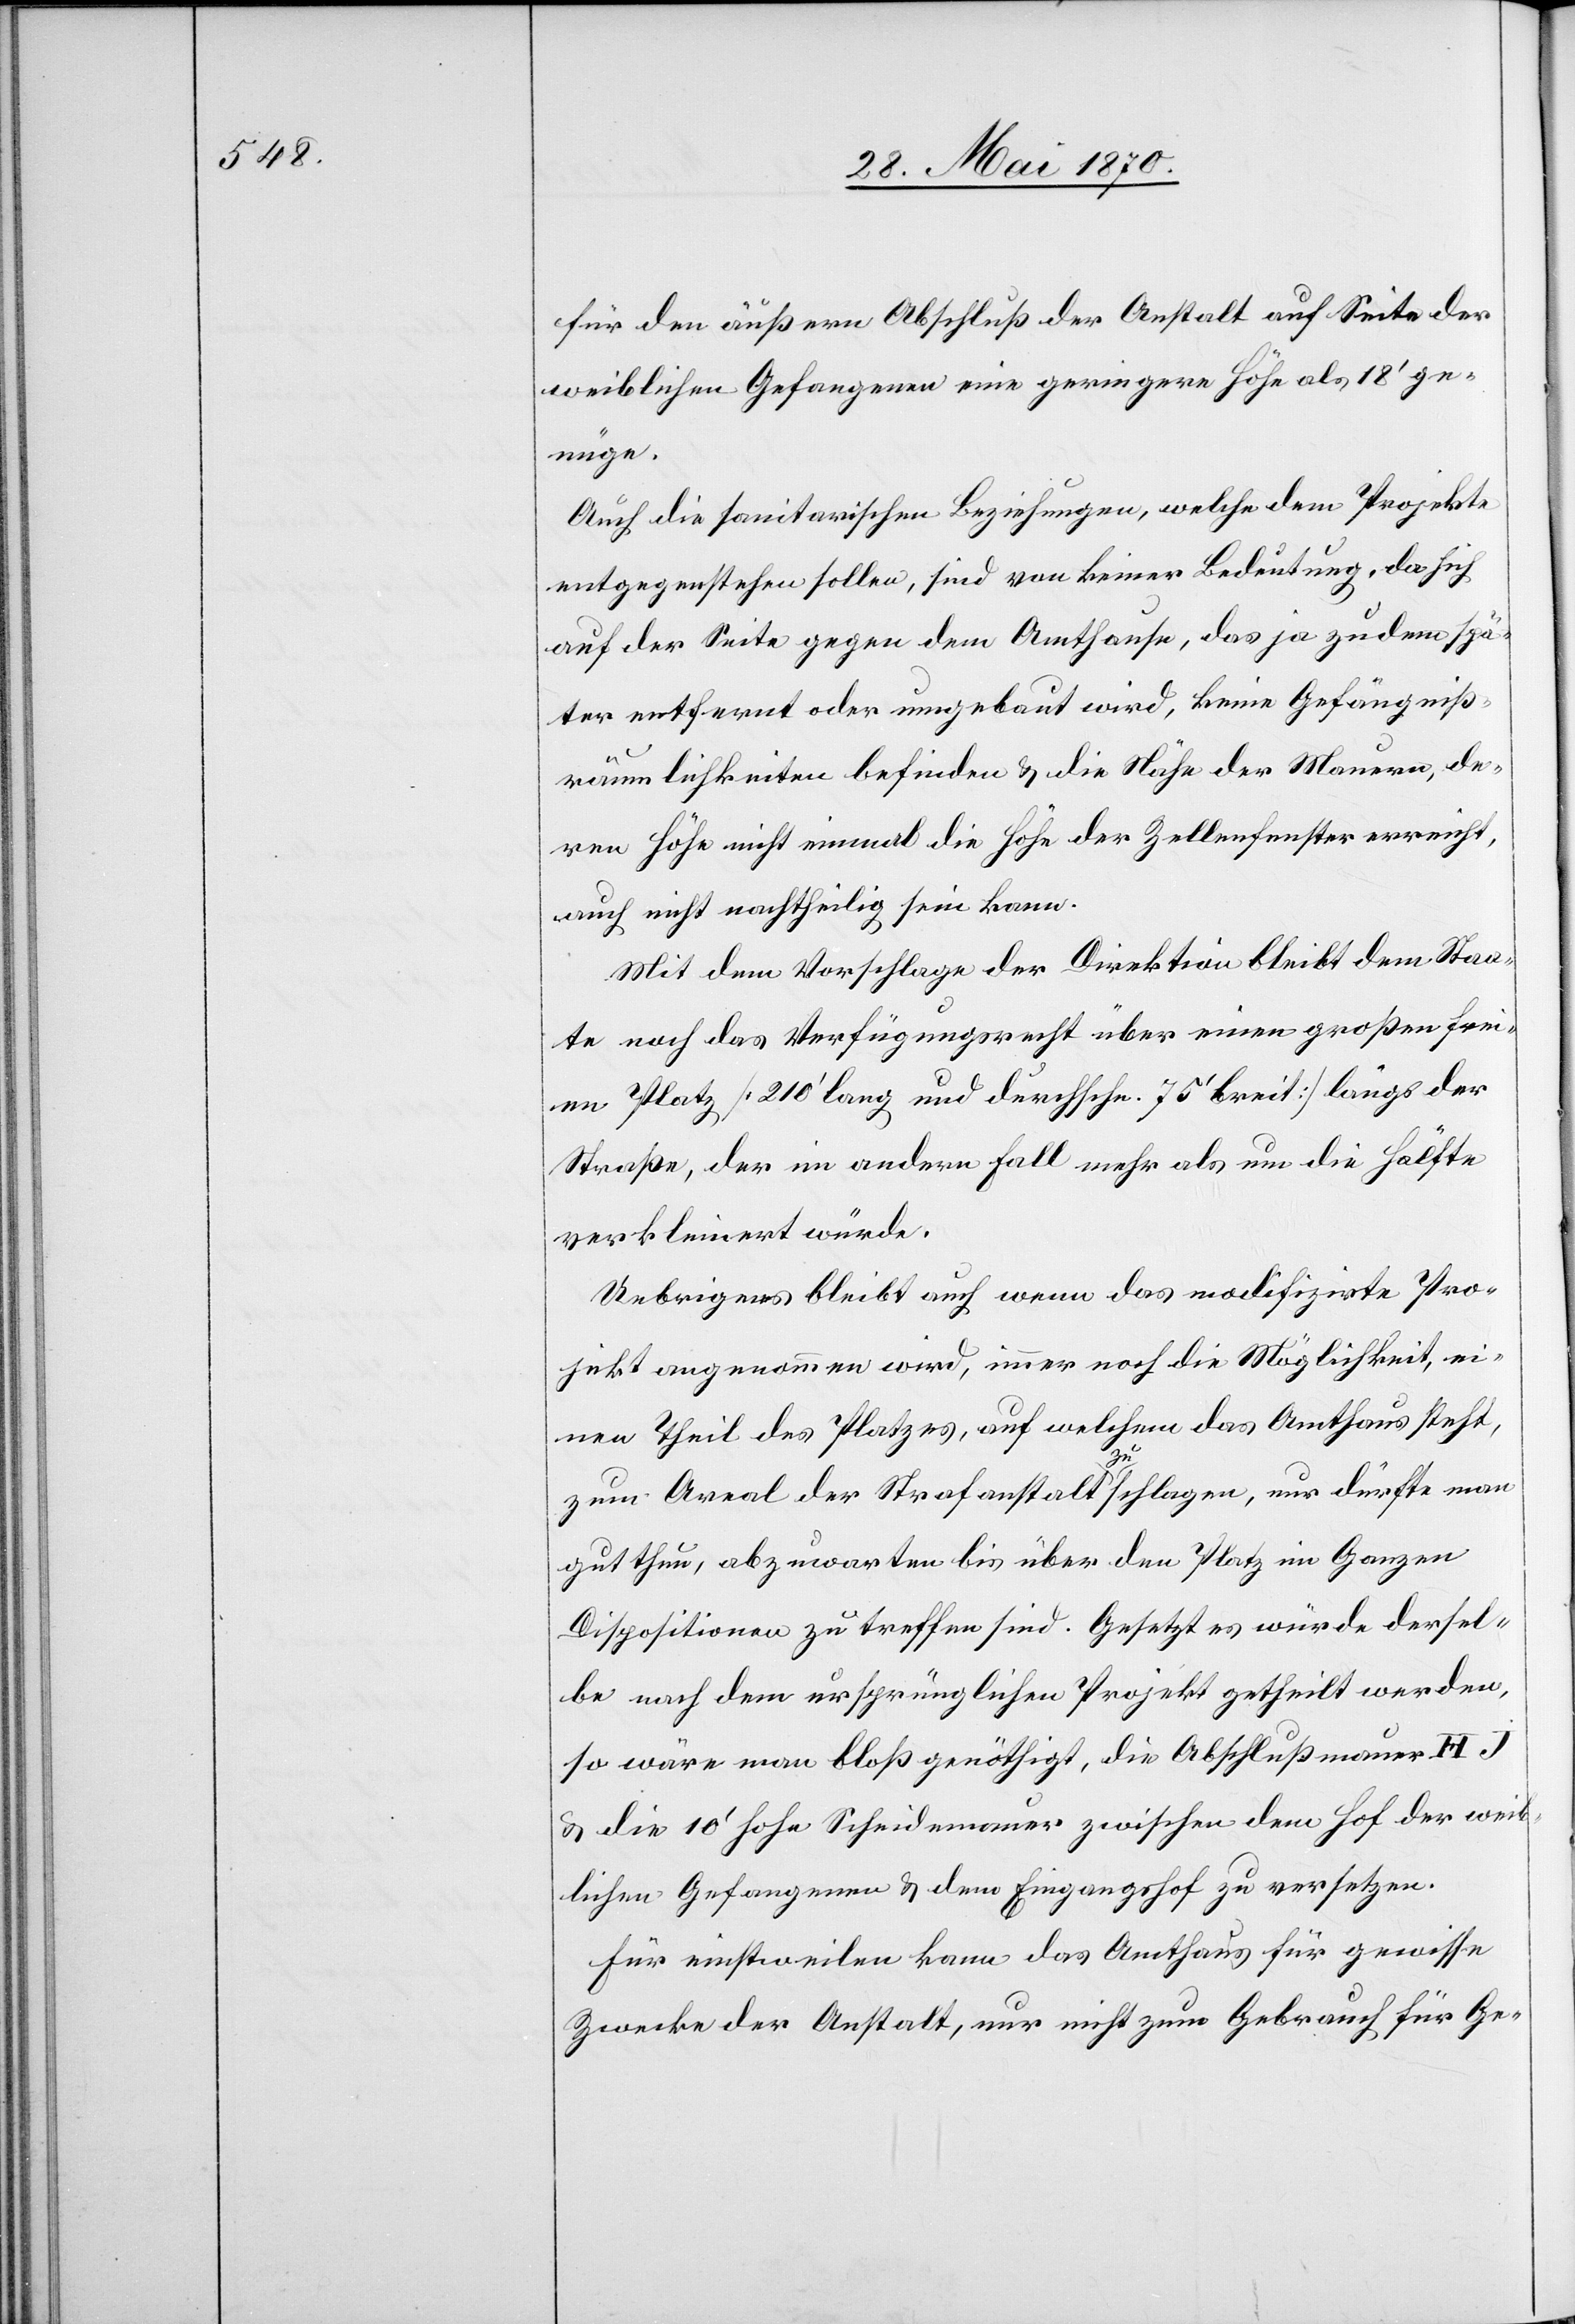
für den äußern Abschluß der Anstalt auf Seite der
weiblichen Gefangenen eine geringere Höhe als 18‘ ge¬
nüge.
Auch die sanitarischen Beziehungen, welche dem Projekte
entgegenstehen sollen, sind von keiner Bedeutung, da sich
auf der Seite gegen dem Amthause, das ja zudem spä¬
ter entfernt oder umgebaut wird, keine Gefängnis¬
räumlichkeiten befinden & die Nähe der Mauern, de¬
ren Höhe nicht einmal die Höhe der Zellenfenster erreicht,
auch nicht nachtheilig sein kann.
Mit dem Vorschlage der Direktion bleibt dem Staa¬
te noch das Verfügungsrecht über einen großen fre¬
ien Platz [210‘ lang und durchschn. 75‘ breit] längs der
Straße, der im andern Fall mehr als um die Hälfte
verkleinert würde.
Uebrigens bleibt auch wenn das modifizirte Pro¬
jekt angenommen wird, immer noch die Möglichkeit, ei¬
nen Theil des Platzes, auf welchem das Amthaus steht,
zum Areal der Strafanstalt zu schlagen, nur dürfte man
gut thun, abzuwarten bis über den Platz im Ganzen
Dispositionen zu treffen sind. Gesetzt es würde dersel¬
be nach dem ursprünglichen Projekt getheilt werden,
so wäre man bloß genöthigt, die Abschlußmauer H
& die 10‘ hohe Scheidemauer zwischen dem Hof der weib¬
lichen Gefangenen & dem Eingangshof zu versetzen.
Für einstweilen kann das Amthaus für gewisse
Zwecke der Anstalt, nur nicht zum Gebrauch für Ge-